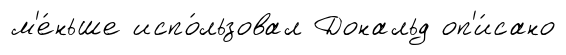
м'е́ньше испо́льзовал Дональд оп'и́сано